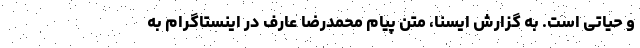
و حیاتی است. به گزارش ایسنا، متن پیام محمدرضا عارف در اینستاگرام به